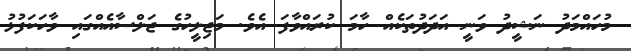
މުހައްމަދު ނަޝީދު ވަނީ އަދަދުތަކެއް ހާމަ ކުރައްވާފަ އެވެ. މަޖިލީހުގެ ޖަލްސާއެއްގައި ވާހަކަފުޅު